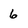
Character: 6